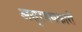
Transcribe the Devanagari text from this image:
असुरवधकारी